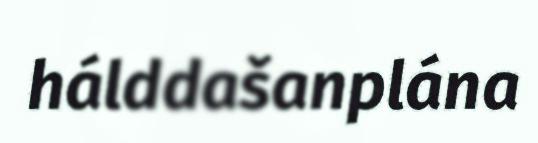
hálddašanplána